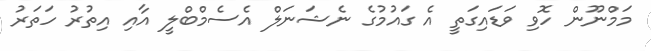
މަމްނޫން ހޮވި ވަޑައިގަތީ އެ ގައުމުގެ ނެޝަނަލް އެސެމްބްލީ އާއި އިތުރު ހަތަރު